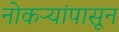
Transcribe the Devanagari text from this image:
नोकऱ्यांपासून